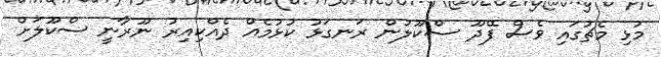
މުޅި މެޗުގައި ވެސް ފޭދޫ ސްކޫލުން ރަނގަޅު ކުޅުމެއް ދެއްކިއިރު ނޫރާނީ ސްކޫލަށް